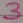
Text: 3